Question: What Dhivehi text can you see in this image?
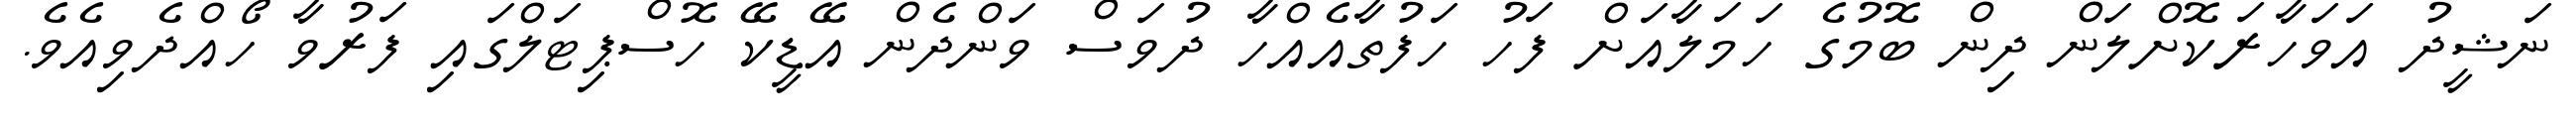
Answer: ނަޝީދު އަވަހާރަކޮށްލަން ދިން ބޮމުގެ ހަމަލާއަށް ފަހު ހަފުތާއެއްހާ ދުވަސް ވަންދެން އޭޑީކޭ ހޮސްޕިޓަލްގައި ފަރުވާ ހޯއްދެވިއެވެ.